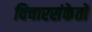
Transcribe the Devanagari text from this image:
विचारसंकेतों